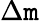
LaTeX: \Delta\mathtt{m}